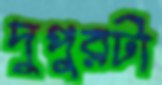
দুপুরটা